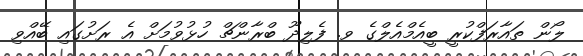
ލޯން ތައާރަފްކުރީ ބީއެމްއެލްގެ ވ. ފެލިދޫ ބްރާންޗް ހުޅުވުމަށް އެ ރަށުގައި ބޭއްވި